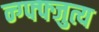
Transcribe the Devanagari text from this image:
न्ग्फ्फ्जुत्य